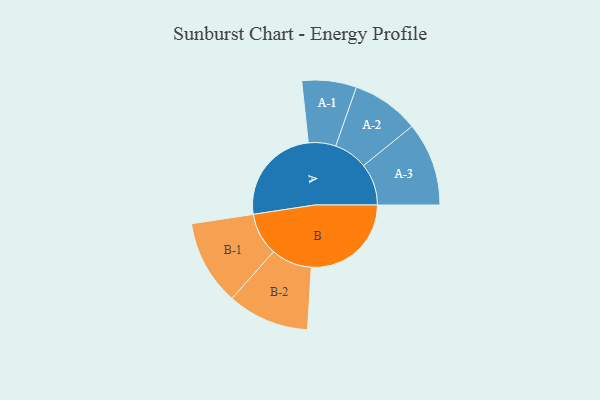
{"axis": {"x": "Segment", "y": "Value"}, "legend": ["", "A", "B"], "data": [{"x": "A", "y": 407, "type": ""}, {"x": "B", "y": 411, "type": ""}, {"x": "A-1", "y": 112, "type": "A"}, {"x": "A-2", "y": 139, "type": "A"}, {"x": "A-3", "y": 172, "type": "A"}, {"x": "B-1", "y": 175, "type": "B"}, {"x": "B-2", "y": 168, "type": "B"}]}